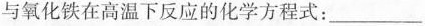
与氧化铁在高温下反应的化学方程式：___